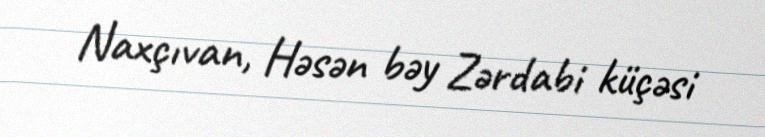
Naxçıvan, Həsən bəy Zərdabi küçəsi